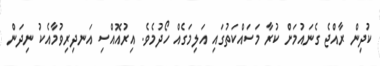
ކުދިން ރާއްޖެ ގެނައުމަށް ކުރާ މަސައްކަތުގައި އަލިމަގެއް ހޯދުމެވެ. އިރުއޮއްސި އަނދިރިވުމާއެކު ނިދަން